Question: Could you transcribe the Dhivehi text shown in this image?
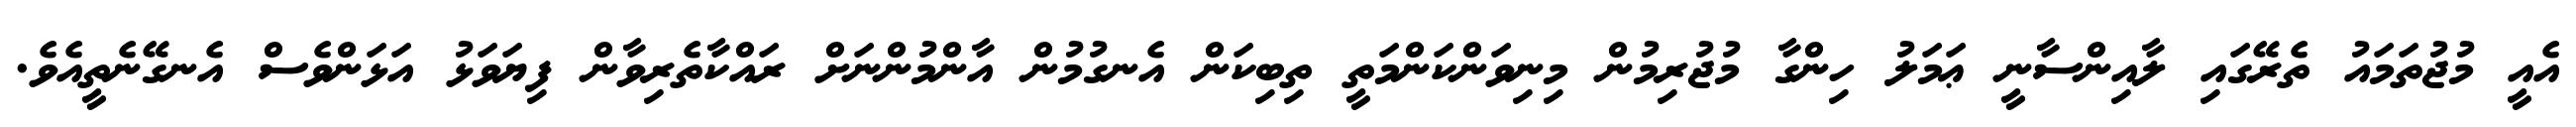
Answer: އެއީ މުޖުތަމައު ތެރޭގައި ލާއިންސާނީ ޢަމަލު ހިންގާ މުޖުރިމުން މިނިވަންކަންމަތީ ތިބިކަން އެނގުމުން އާންމުންނަށް ރައްކާތެރިވާން ފިޔަވަޅު އަޅަންވެސް އެނގޭނެތީއެވެ.